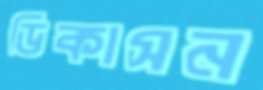
ডিকাসন